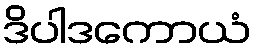
ဒိပါဒကောယံ